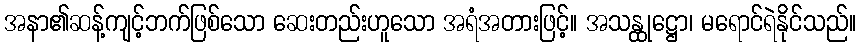
အနာ၏ဆန့်ကျင့်ဘက်ဖြစ်သော ဆေးတည်းဟူသော အရံအတားဖြင့်။ အသန္ထုဋ္ဌော၊ မရောင်ရဲနိုင်သည်။